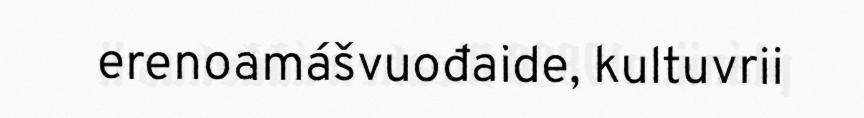
erenoamášvuođaide, kultuvrii